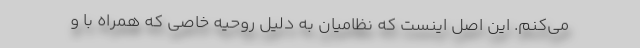
می‌کنم. این اصل اینست که نظامیان به دلیل روحیه خاصی که همراه با و